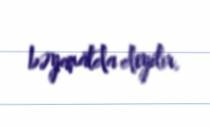
bəyanatda deyilir.